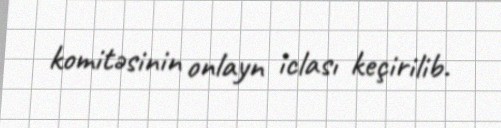
komitəsinin onlayn iclası keçirilib.